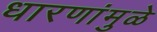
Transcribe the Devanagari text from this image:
धारणांमुळे